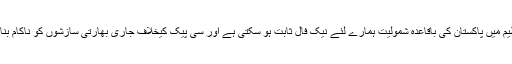
اس تناظر میں شنگھائی تعاون تنظیم میں پاکستان کی باقاعدہ شمولیت ہمارے لئے نیک فال ثابت ہو سکتی ہے اور سی پیک کیخلاف جاری بھارتی سازشوں کو ناکام بنانے میں بھی معاون بن سکتی ہے۔